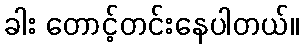
ခါး တောင့်တင်းနေပါတယ်။